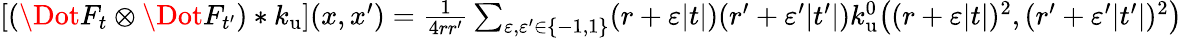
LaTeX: \begin{array}{r}{[(\Dot{F}_{t}\otimes\Dot{F}_{t^{\prime}})*k_{\mathrm{u}}](x,x^{\prime})=\frac{1}{4rr^{\prime}}\sum_{\varepsilon,\varepsilon^{\prime}\in\{ -1,1\} }(r+\varepsilon|t|)(r^{\prime}+\varepsilon^{\prime}|t^{\prime}|)k_{\mathrm{u}}^{0}\big((r+\varepsilon|t|)^{2},(r^{\prime}+\varepsilon^{\prime}|t^{\prime}|)^{2}\big)}\end{array}